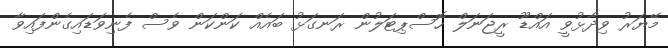
މޭޔަރު ވިދާޅުވީ އައްޑޫ ރީޖަނަލް ހޮސްޕިޓަލުން ރަނގަޅު ބައެއް ކަންކަން ވެސް ފެނިވަޑައިގެންފައިވާ